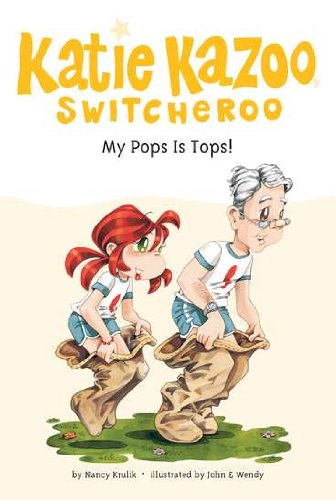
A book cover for My Pops Is Tops! #25 (Katie Kazoo, Switcheroo); Nancy E. Krulik; Children's Books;